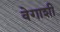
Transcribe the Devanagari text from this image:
वेगाशी